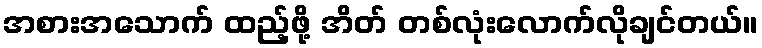
အစားအသောက် ထည့်ဖို့ အိတ် တစ်လုံးလောက်လိုချင်တယ်။